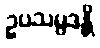
ဥပသမ္ပဒန္တိ